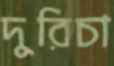
দুরিচা